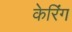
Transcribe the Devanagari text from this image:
केरिंग